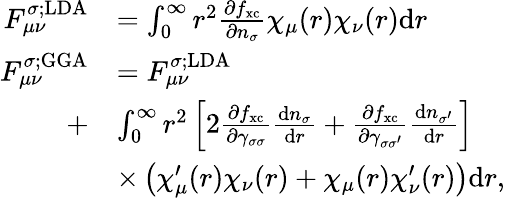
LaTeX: \begin{array}{rl}{F_{\mu\nu}^{\sigma;\mathrm{LDA}}}&{=\int_{0}^{\infty}r^{2}\frac{\partial f_{\mathrm{xc}}}{\partial n_{\sigma}}\chi_{\mu}(r)\chi_{\nu}(r)\mathrm{d}r}\\ {F_{\mu\nu}^{\sigma;\mathrm{GGA}}}&{=F_{\mu\nu}^{\sigma;\mathrm{LDA}}}\\ {+}&{\int_{0}^{\infty}r^{2}\left[2\frac{\partial f_{\mathrm{xc}}}{\partial\gamma_{\sigma\sigma}}\frac{\mathrm{d}n_{\sigma}}{\mathrm{d}r}+\frac{\partial f_{\mathrm{xc}}}{\partial\gamma_{\sigma\sigma^{\prime}}}\frac{\mathrm{d}n_{\sigma^{\prime}}}{\mathrm{d}r}\right]}\\ &{\times\left(\chi_{\mu}^{\prime}(r)\chi_{\nu}(r)+\chi_{\mu}(r)\chi_{\nu}^{\prime}(r)\right)\mathrm{d}r,}\end{array}